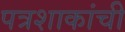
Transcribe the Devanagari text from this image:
पत्रशाकांची